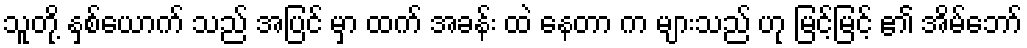
သူတို့ နှစ်ယောက် သည် အပြင် မှာ ထက် အခန်း ထဲ နေတာ က များသည် ဟု မြင့်မြင့် ၏ အိမ်ဘော်